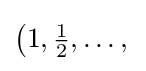
{\bigl (}1,{\tfrac {1}{2}},\ldots ,{}